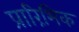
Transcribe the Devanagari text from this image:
प्रारिंभिक